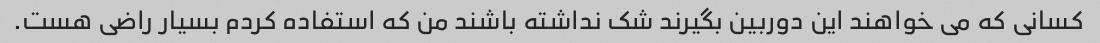
کسانی که می خواهند این دوربین بگیرند شک نداشته باشند من که استفاده کردم بسیار راضی هست.